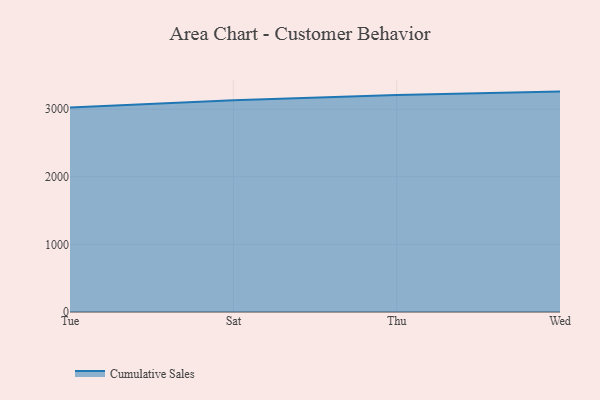
{"axis": {"x": "Day", "y": "Population (Million)"}, "legend": ["Cumulative Sales"], "data": [{"x": "Tue", "y": 3024.6, "type": "Cumulative Sales"}, {"x": "Sat", "y": 3133.3, "type": "Cumulative Sales"}, {"x": "Thu", "y": 3212.0, "type": "Cumulative Sales"}, {"x": "Wed", "y": 3260.5, "type": "Cumulative Sales"}]}